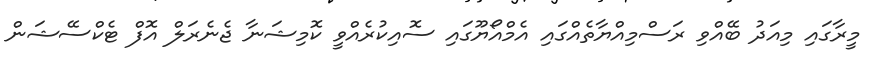
މީރާގައި މިއަދު ބޭއްވި ރަސްމިއްޔާތެއްގައި އެމްއޯޔޫގައި ސޮއިކުރެއްވީ ކޮމިޝަނާ ޖެނެރަލް އޮފް ޓެކްސޭޝަން